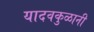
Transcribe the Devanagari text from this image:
यादवकुळानी